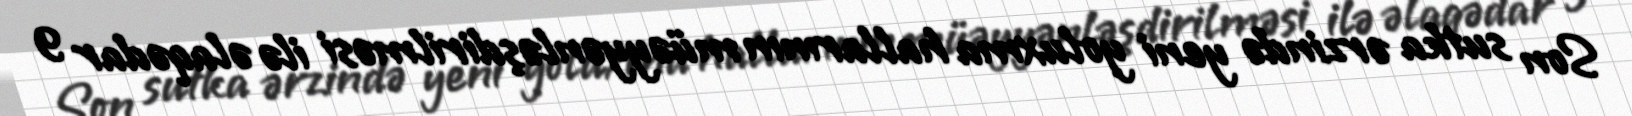
Son sutka ərzində yeni yoluxma hallarının müəyyənləşdirilməsi ilə əlaqədar 9